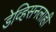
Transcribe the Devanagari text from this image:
डेव्हिसनलाही